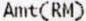
AMT(RM)